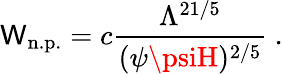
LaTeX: \mathsf{W}_{\mathrm{{n.p.}}}=c\frac{{\Lambda^{21/5}}}{{(\psi\psiH)^{2/5}}}\ .